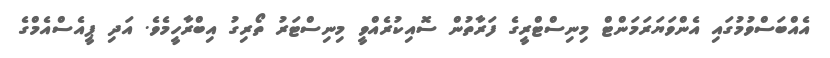
އެއްބަސްވުމުގައި އެންވަޔަރަމަންޓް މިނިސްޓްރީގެ ފަރާތުން ސޮއިކުރެއްވީ މިނިސްޓަރު ތޯރިގު އިބްރާހީމެވެ. އަދި ޕީއެސްއެމްގެ